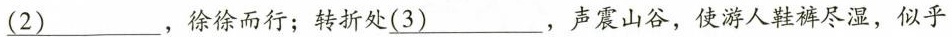
(2)___，徐徐而行；转折处(3)，声震山谷，使游人鞋裤尽湿，似乎